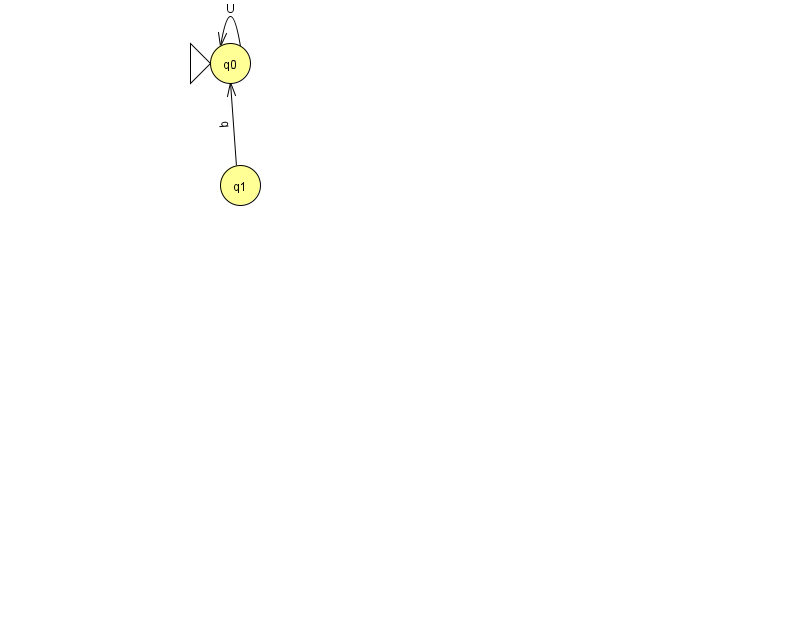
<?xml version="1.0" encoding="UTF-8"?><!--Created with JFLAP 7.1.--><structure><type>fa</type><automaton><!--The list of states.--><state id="0" name="q0"><x>230.0</x><y>50.0</y><initial/></state><state id="1" name="q1"><x>240.0</x><y>172.0</y></state><!--The list of transitions.--><transition><from>1</from><to>0</to><read>q</read></transition><transition><from>0</from><to>0</to><read>U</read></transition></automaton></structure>